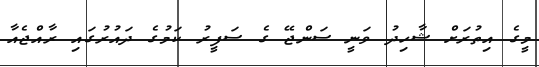
މީގެ އިތުރަށް ޝާހިދު ވަނީ ސަންޖޭ ގެ ސަފީރު ކަމުގެ ދައުރުގައި ރާއްޖެއާ